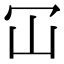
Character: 冚